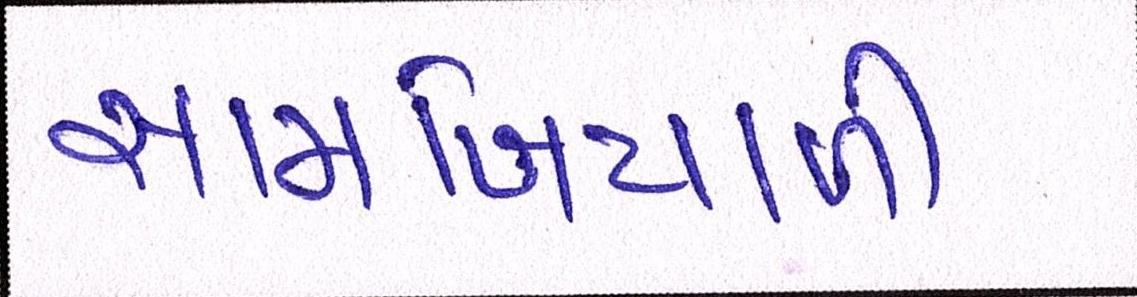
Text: સામખિયાળી